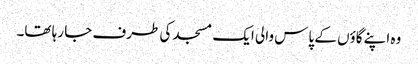
وہ اپنے گاؤں کے پاس والی ایک مسجد کی طرف جا رہا تھا۔